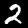
Label: 2